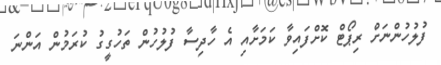
ފުލުހުންނަށް ރިޕޯޓް ކޮށްފައިވާ ކަމަށާއި އެ ހާދިސާ ފުލުހުން ތަހުގީގު ކުރަމުން އަންނަ